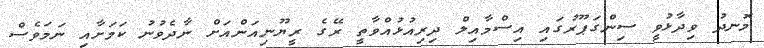
މޮނދު ވިދާޅުވީ ސިންގަޕޫރުގައި އިސްމާއިލް ދިރިއުޅުއްވާތީ ރޭގެ ރީޔޫނިއަންއަށް ނާދެވުނު ކަމަށާއި ނަމަވެސް